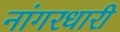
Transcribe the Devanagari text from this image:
नांगरधारी